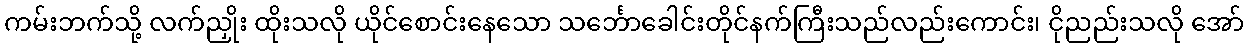
ကမ်းဘက်သို့ လက်ညှိုး ထိုးသလို ယိုင်စောင်းနေသော သင်္ဘောခေါင်းတိုင်နက်ကြီးသည်လည်းကောင်း၊ ငိုညည်းသလို အော်